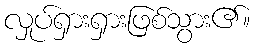
လှုပ်ရှားရှားဖြစ်သွား၏။